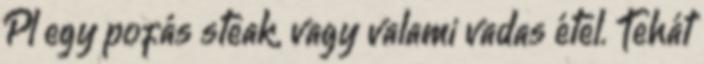
Pl egy pofás steak, vagy valami vadas étel. Tehát